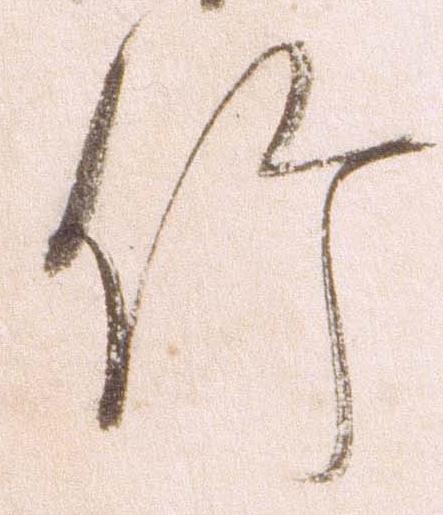
竹